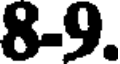
8-9.